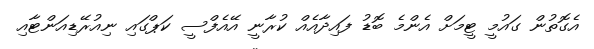
އެގޮތުން ގައުމީ ޓީމަށް އެންމެ ބޮޑު ފައިދާއެއް ކުރާނީ އޭއެފްސީ ކަޕްގައި ނިއުރޭޑިއަންޓާއި